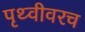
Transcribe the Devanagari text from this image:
पृथ्वीवरच